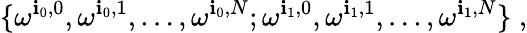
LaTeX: \{ \omega^{\mathbf{i}_{0},0},\omega^{\mathbf{i}_{0},1},\ldots,\omega^{\mathbf{i}_{0},N};\omega^{\mathbf{i}_{1},0},\omega^{\mathbf{i}_{1},1},\ldots,\omega^{\mathbf{i}_{1},N}\} \; ,